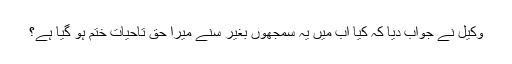
وکیل نے جواب دیا کہ کیا اب میں یہ سمجھوں بغیر سنے میرا حق تاحیات ختم ہو گیا ہے؟